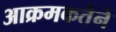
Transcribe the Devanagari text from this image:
आक्रमकतेने